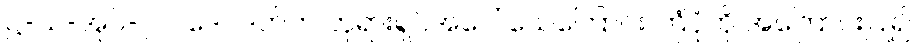
ဋ္ဌ-သ-အုပ်-၇၁၊ ဒေဝဒတ်က ဘုရားရှင်အပေါ် သေကြောင်း ကြံပုံကို အကြောင်းပြု၍